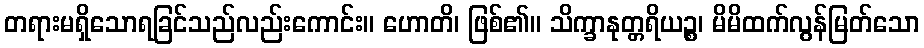
တရားမရှိသောရခြင်သည်လည်းကောင်း။ ဟောတိ၊ ဖြစ်၏။ သိက္ခာနုတ္တရိယဉ္စ၊ မိမိထက်လွန်မြတ်သော